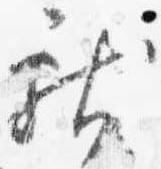
献